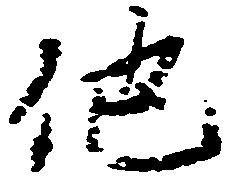
他